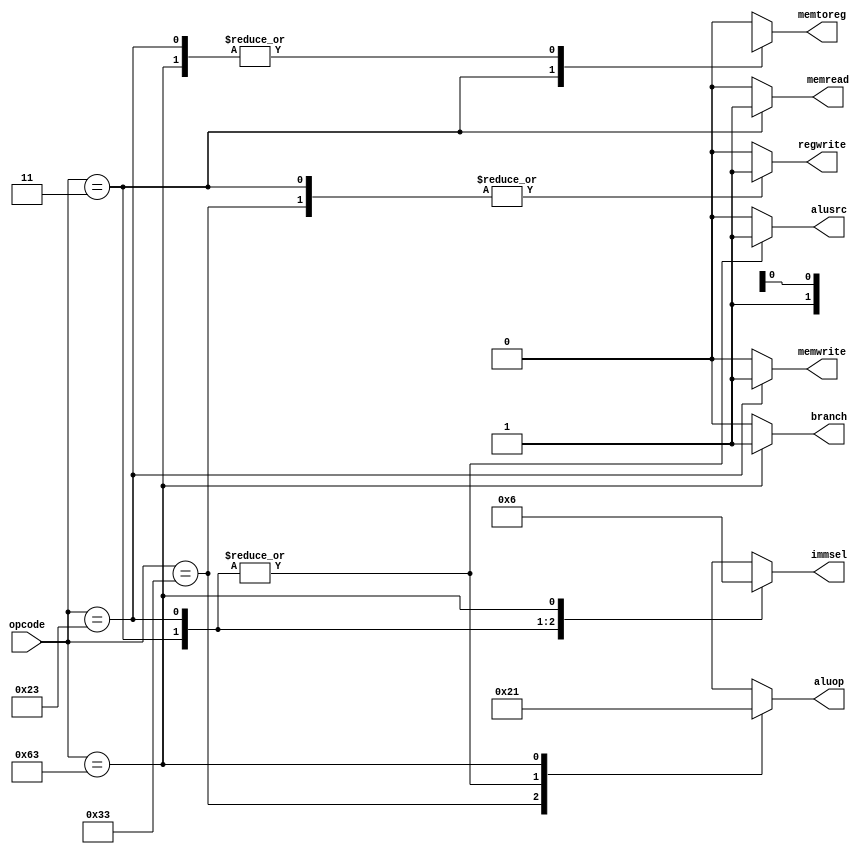
module control_unit(opcode, regwrite, immsel, alusrc, aluop, memread, memwrite, memtoreg, branch);
	input wire [6:0] opcode;
	output reg [1:0] immsel, aluop;
	output reg regwrite, alusrc, memread, memwrite, memtoreg, branch;
	
	localparam [6:0] R_type = 7'b0110011, I_type = 7'b0000011, S_type = 7'b0100011, B_type = 7'b1100011;
	
	always @(*)
		begin
		case(opcode)
			R_type:
				begin
				immsel = 2'bxx;
				regwrite = 1'b1;
				alusrc = 1'b0;
				aluop = 2'b10;
				memread = 1'b0;
				memwrite = 1'b0;
				memtoreg = 1'b0;
				branch = 1'b0;
				end
			I_type:
				begin
				immsel = 2'b00;
				regwrite = 1'b1;
				alusrc = 1'b1;
				aluop = 2'b00;
				memread = 1'b1;
				memwrite = 1'b0;
				memtoreg = 1'b1;
				branch = 1'b0;
				end
			S_type:
				begin
				immsel = 2'b01;
				regwrite = 1'b0;
				alusrc = 1'b1;
				aluop = 2'b00;
				memread = 1'b0;
				memwrite = 1'b1;
				memtoreg = 1'bx;
				branch = 1'b0;
				end
			B_type:
				begin
				immsel = 2'b10;
				regwrite = 1'b0;
				alusrc = 1'b0;
				aluop = 2'b01;
				memread = 1'b0;
				memwrite = 1'b0;
				memtoreg = 1'bx;
				branch = 1'b1;
				end
			default:
				begin
				immsel = 2'bxx;
				regwrite = 1'b0;
				alusrc = 1'b0;
				aluop = 2'bxx;
				memread = 1'b0;
				memwrite = 1'b0;
				memtoreg = 1'b0;
				branch = 1'b0;
				end
		endcase
		end
endmodule